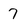
Character: 7